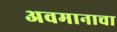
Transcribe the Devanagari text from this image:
अवमानाचा